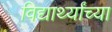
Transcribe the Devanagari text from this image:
विद्यार्थ्‍यांच्‍या